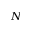
N